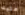
عليك